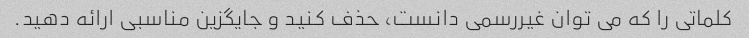
کلماتی را که می توان غیررسمی دانست، حذف کنید و جایگزین مناسبی ارائه دهید.